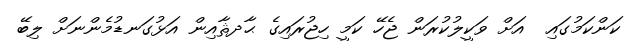
ކަންކަމުގައި  އަށް ވަކީލުކުރަން ޖެހޭ ކަމީ ހިޖުރައިގެ ޙާދޘާއިން އަޅުގަނޑުމެންނަށް ލިބޭ